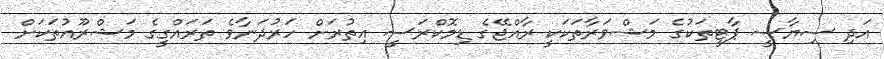
އަދި ސިޔާސީ ޕާޓީތަކުގެ މަޝްވަރާތަކަކީ ރާއްޖޭގެ ޑިމޮކްރަސީ އިތުރަށް ހަރުދަނާވެ ތަރައްގީގެ މަޝްރޫއުތަކަށް